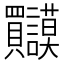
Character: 𲂹